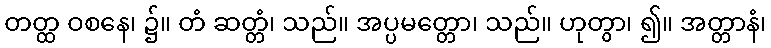
တတ္ထ ဝစနေ၊ ၌။ တံ ဆတ္တံ၊ သည်။ အပ္ပမတ္တော၊ သည်။ ဟုတွာ၊ ၍။ အတ္တာနံ၊